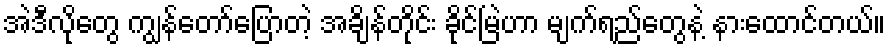
အဲဒီလိုတွေ ကျွန်တော်ပြောတဲ့ အချိန်တိုင်း ခိုင်မြဲဟာ မျက်ရည်တွေနဲ့ နားထောင်တယ်။